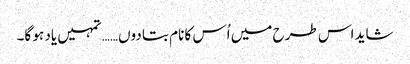
شاید اس طرح میں اُس کا نام بتا دوں…… تمہیں یاد ہو گا۔